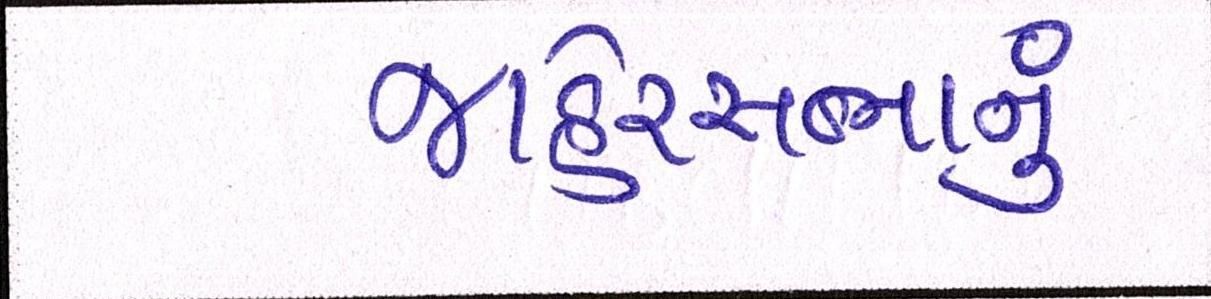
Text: જાહેરસભાનું